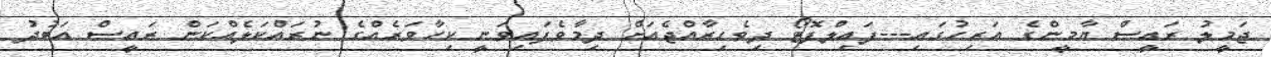
ޖަމީލު ރައީސް ޔާމީންގެ އަރިހުގައި---ފައިލްފޮޓޯ ދިވެހިރާއްޖެއަށް ދިމާވެފައިވަނީ ކިހާވަރެއްގެ ނުރައްކަލެއްކަން ރައީސް އަބުދު